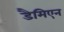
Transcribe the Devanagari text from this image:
डैमिएन